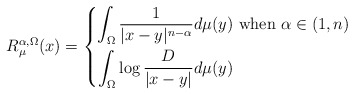
\begin{align*}R^{\alpha, \Omega}_\mu (x) = \left\{\aligned \int_\Omega \frac 1{|x-y|^{n-\alpha}} d\mu(y) & \text{ when $\alpha \in (1, n)$}\\ \int_\Omega \log \frac D{|x-y|} d\mu(y) & \endaligned\right.\end{align*}